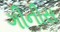
ગીનીસ